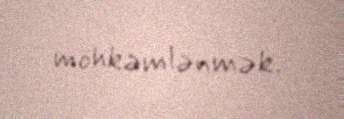
möhkəmlənmək.